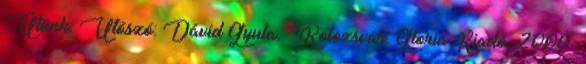
Ütünk. Utószó: Dávid Gyula. – Kolozsvár: Gloria Kiadó, 2000.